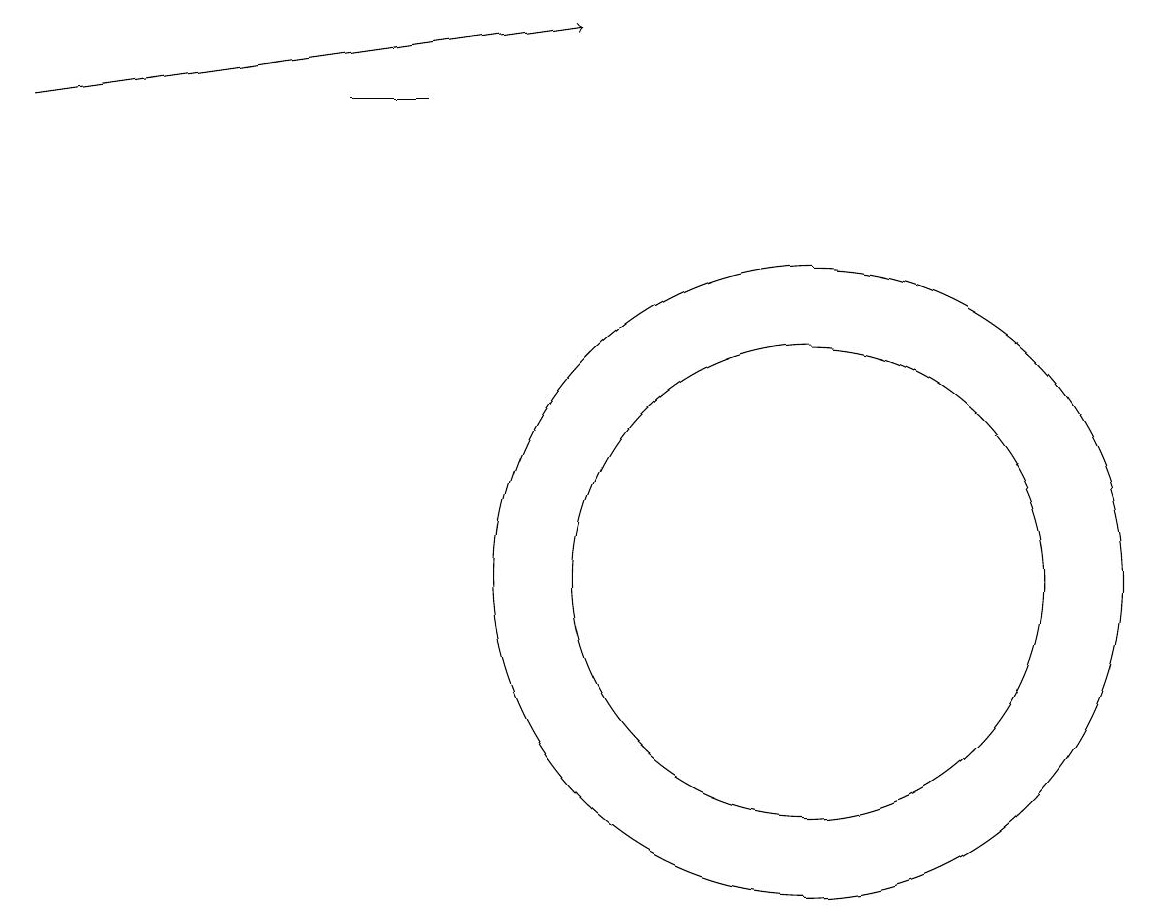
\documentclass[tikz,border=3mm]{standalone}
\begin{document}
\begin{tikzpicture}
\draw (5,17) rectangle (4,17);
\draw[->] (0,17) -- (7,18);
\draw (10,11) circle (3);
\draw (10,11) circle (4);
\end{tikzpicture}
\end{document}